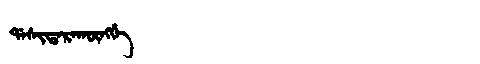
Manchu: ᡩᠠᠰᡳᡨᠠᡵᠠᡴᡡᠩᡤᡝ
Romanization: DASITARAKŪNGGE